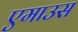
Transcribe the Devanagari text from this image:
एमाउस